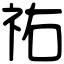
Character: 祐